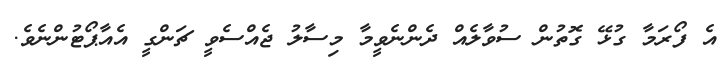
އެ ފޯރަމާ ގުޅޭ ގޮތުން ސުވާލެއް ދެންނެވީމާ މިސާލު ޖެއްސެވީ ޗަންގީ އެއާޕޯޓުންނެވެ.